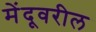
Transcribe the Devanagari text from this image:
मेंदूवरील